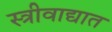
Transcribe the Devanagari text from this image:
स्त्रीवाद्यात